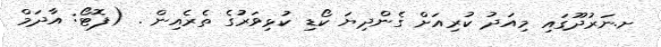
ށ.ނަރުދޫގައި މިއަދު ކުރިއަށް ގެންދިޔަ ކޯޑި ކުޅިވަރުގެ ތެރެއިން . (ފޮޓޯ: އާދަމް